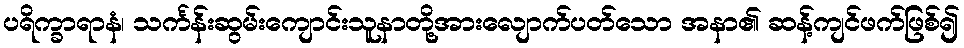
ပရိက္ခာရာနံ၊ သင်္ကန်းဆွမ်းကျောင်းသူနာတို့အားလျောက်ပတ်သော အနာ၏ ဆန့်ကျင်ဖက်ဖြစ်၍